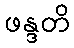
ဖန္ဒတိ